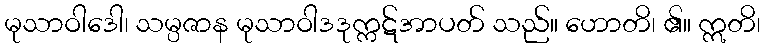
မုသာဝါဒေါ၊ သမ္ပဇာန မုသာဝါဒဒုက္ကဋ်အာပတ် သည်။ ဟောတိ၊ ၏။ ဣတိ၊